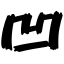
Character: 凹